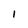
Character: l